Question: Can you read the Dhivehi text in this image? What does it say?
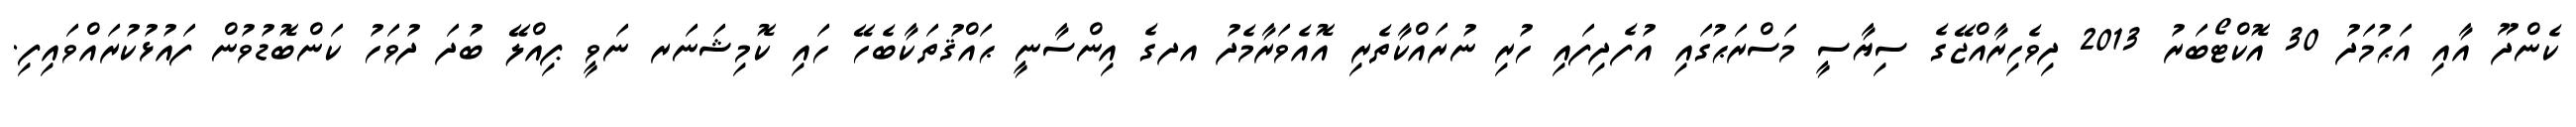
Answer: ކެންދޫ އާއި އަޙުމަދު 30 އޮކްޓޯބަރު 2013 ދިވެހިރާއްޖޭގެ ސިޔާސީ މަސްރަޙުގައި އުފެދިފައި ހުރި ނުރައްކާތެރި އޮއެވަރާމެދު އދގެ އިންސާނީ ޙައްޤުތަކާބެހޭ ހައި ކޮމިޝަނަރ ނަވީ ޕިއްލޭ ބުދަ ދުވަހު ކަންބޮޑުވުން ފައުޅުކުރައްވައިފި.